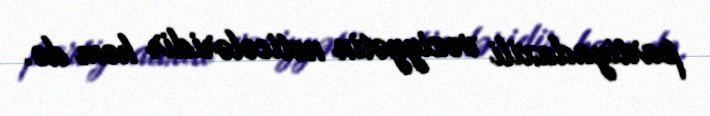
partiyadaxili vəziyyətin nəticələridir həm də.